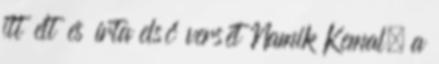
itt élt és írta első versét Namik Kemal, a